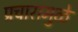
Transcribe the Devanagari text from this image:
प्रचारामुळे